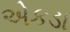
એકડા